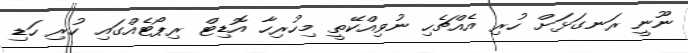
ނޫނީ ރަނގަޅަށް ހުރި އެއްޗެހި ނުވިއްކޭތީ މިހުރިހާ އޮޑިޓް ރިޕޯޓެއްގައި ހުރި ހަޑި